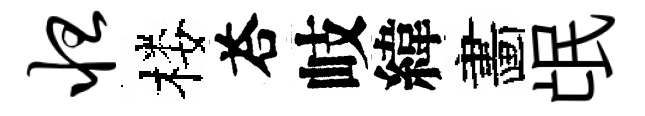
怛楼荅岐緯畵氓